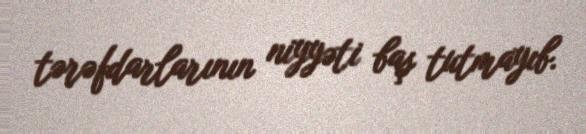
tərəfdarlarının niyyəti baş tutmayıb.